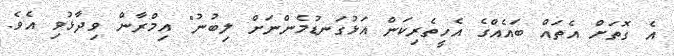
އެ ގޮތަށް އެތައް ބައެއްގެ އެހީތެރިކަން އަޅުގަނޑުމެންނަށް ލިބުނު" އިމްރާން ވިދާޅުވި އެވެ.